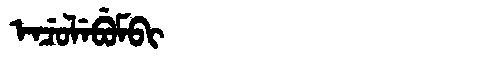
Manchu: ᡝᠨᠴᡠᠯᡝᠪᡠᠮᠪᡳ
Romanization: ENCULEBUMBI